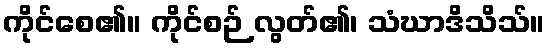
ကိုင်စေ၏။ ကိုင်စဉ် လွတ်၏၊ သံဃာဒိသိသ်။